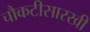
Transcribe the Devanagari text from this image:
चौकटीसारखी